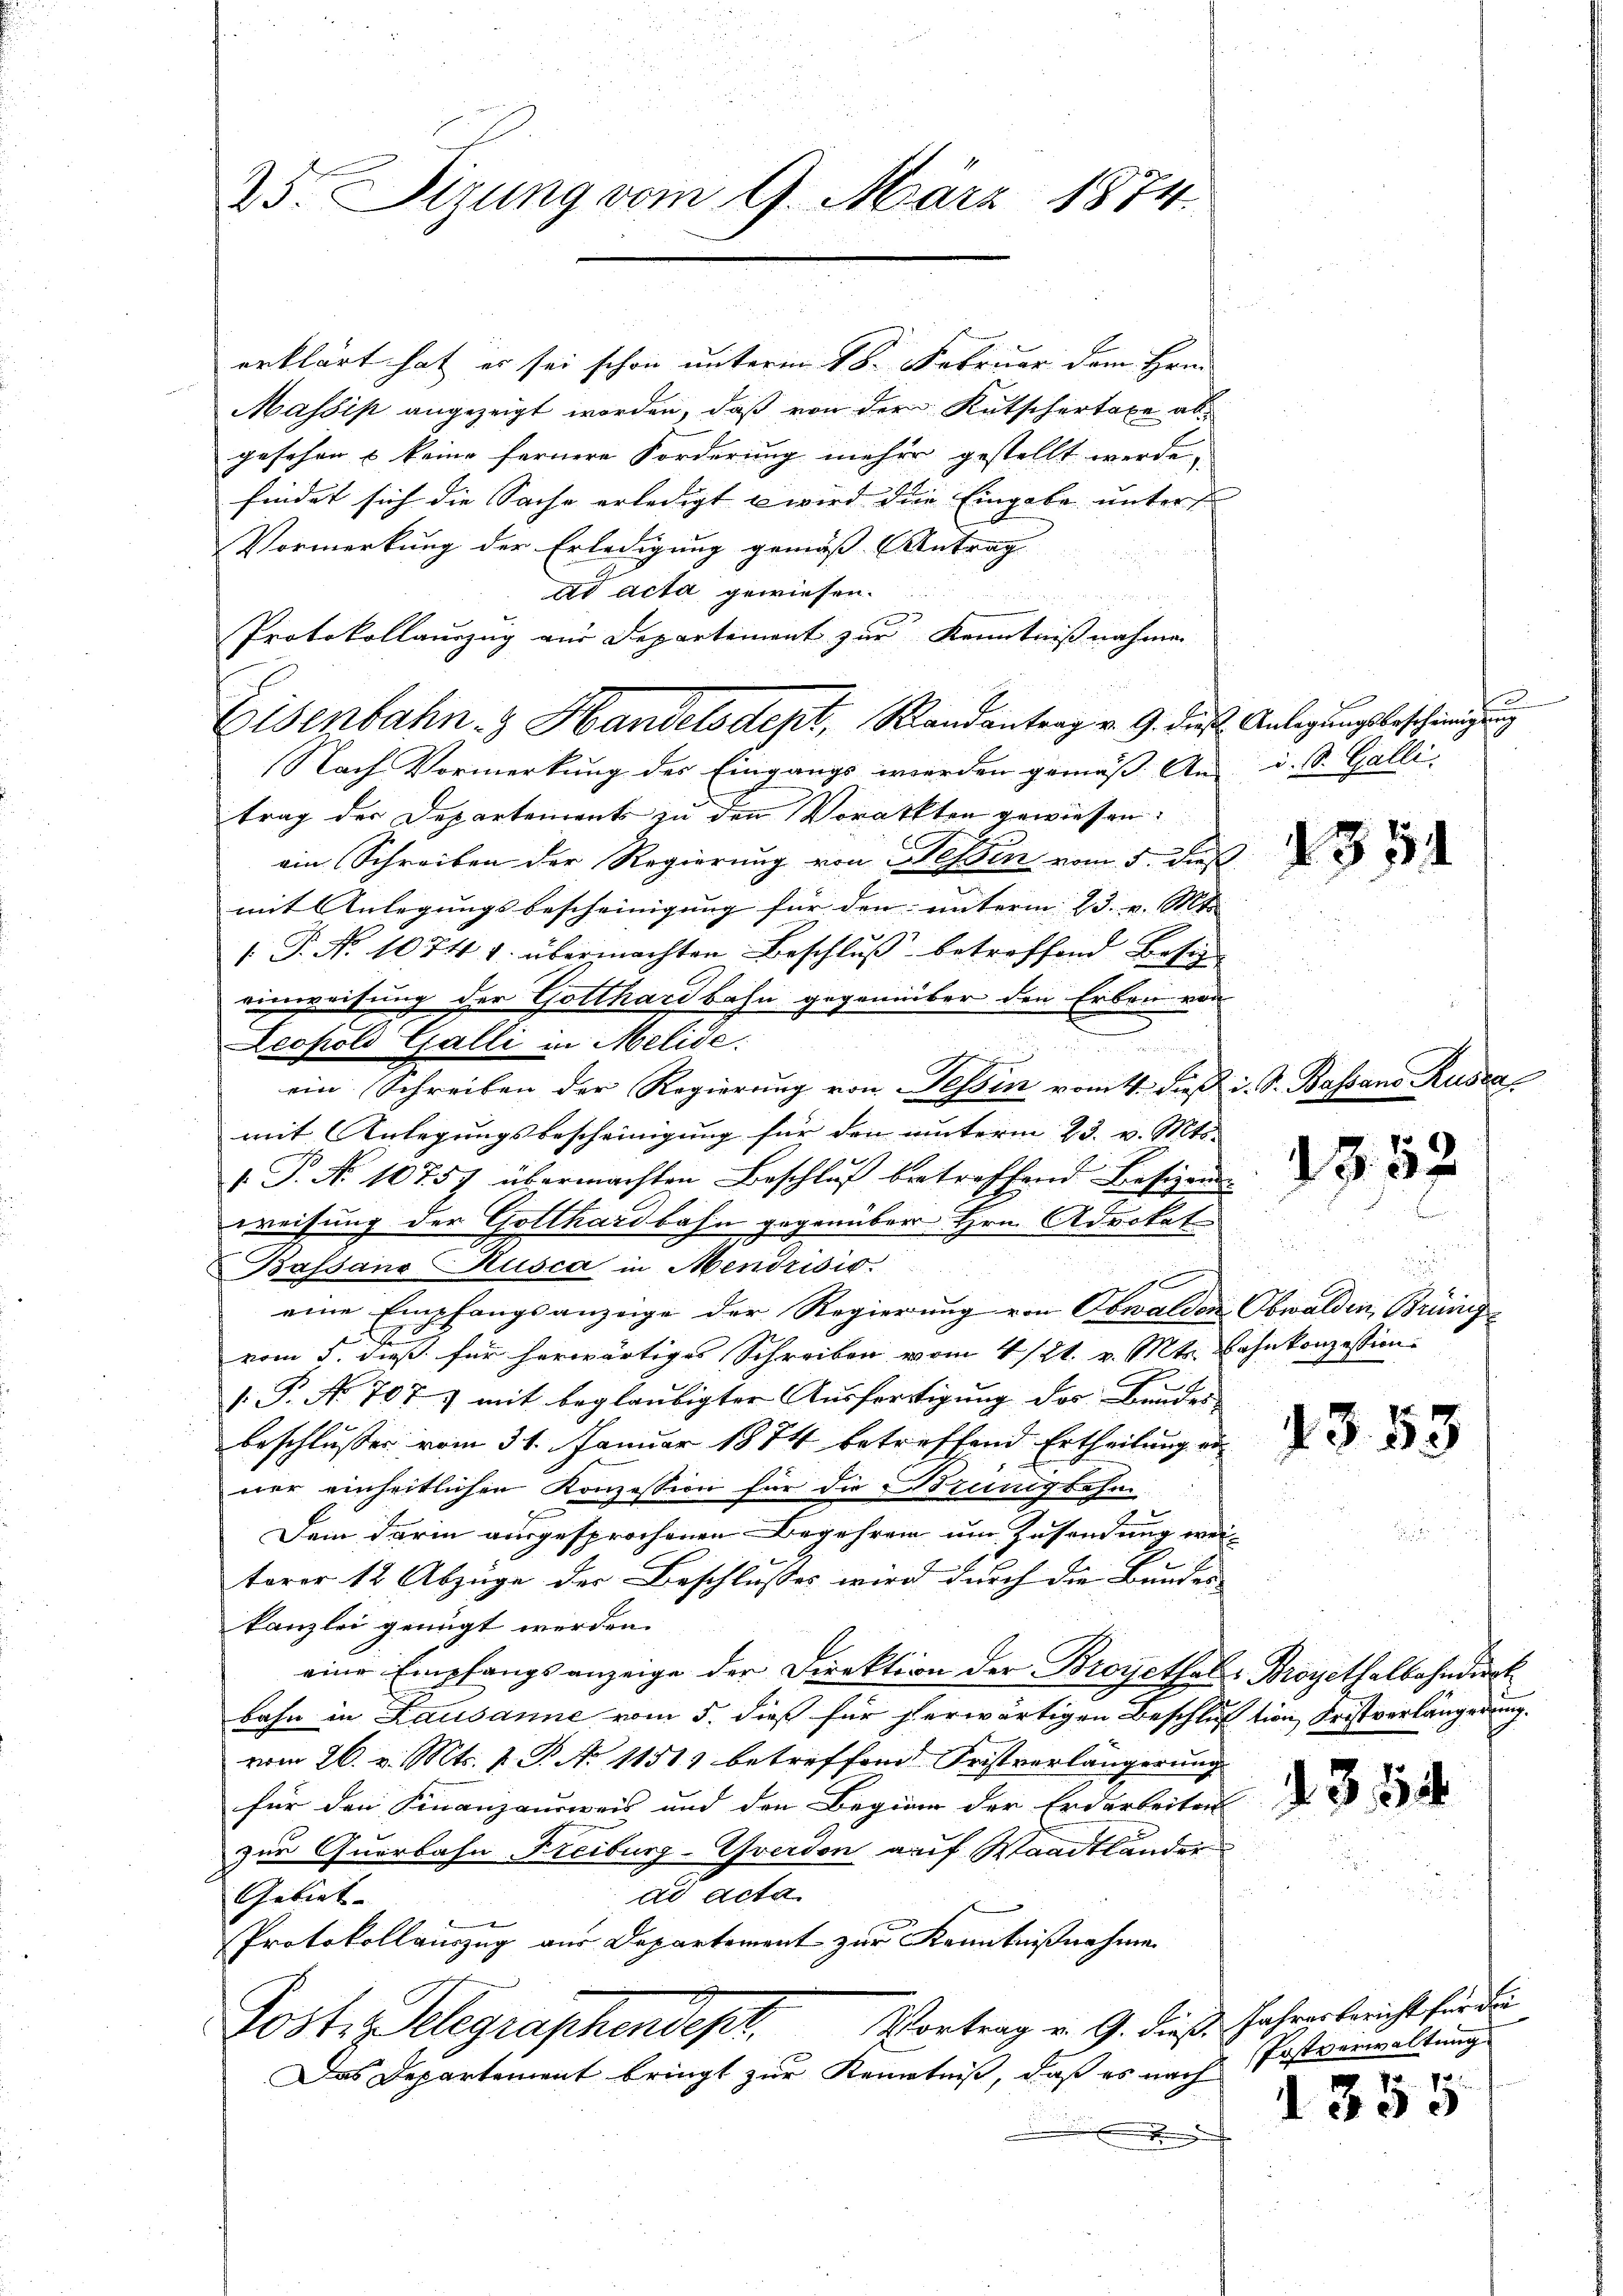
25. Sizung vom 9. März 1874.

erklärt hat es sei schon unterm 18. Februar dem Hrn.
Massis angezeigt worden, daß von der Kutschertaxe abgesehen u keine fernere Forderung mehre gestellt werde,
findet sich die Sache erledigt u wird die Eingabe unter
Vormerkung der Erledigung gemäß Antrag
ad acta gewiesen.
u
Protokollauszug aus Departement zur Kenntnißnahmen
Nach Vormerkung des Eingangs werden gemäß An
trag der Departement zu den Vorackten gewiesen.
ein Schreiben der Regierung von Nessin vom 5. Dies
mit Anlegungsbescheinigung für den unterm 23. v. Mts. |
1 P. Nr. 1074 u. übermachten Beschluß betroffend Besige
einweisung der Gotthardbahn gegenüber den Erben von
Leopold Galli in Melide.
t
ein Schreiben der Regierung von Tessin vom 4. dieß.
mit Anlegungsbescheinigung für den unterm 23. v. Mts.
 P. No 10757 übermachten Beschlŭβ betreffend Besizer
weisung der Gotthardbahn gegenüber Hrn. Advokate
Bassans Kusca in Mendrisis.
0
eine Empfangsanzeige der Regierung von Obwalden Obwalden, Brüngd
vom 3. dieß für herwärtiges Schreiben vom 4/21. v. Mts. Bahnkonzession¬
/. P. No. 7071 mit beglaubigter Ausfertigung des Bundes-
beschlusser vom 31. Januar 1874 betreffend Ertheilung an
ner einheitlichen Konzession für die Atzungsahne
Dein darin ausgesprochenen Begehren um Zusendung wei-
terer 12 Abzüge der Beschlusses wird durch die Bunder |
kanzlei genügt werden.
eine Empfangsanzeige der Direktion der Broyethals Broyethalbahndirt
bahn in Lausanne vom 5. dieß für herwärtigen Beschluß
vom 26. v. Mts. 1. P. No 1151) betreffend Fristverlängerung
für den Finanzausweis und den Beginn der Erdarbeiten
zur Querbahn Freiburg-Yverdon auf Waadtländer
ad acta
Gebiet
Protokollauszug aus Departement zur Kenntnißnahme
Vortrag v. 9. dieß.
Poste Gelegraphendept.
Das Departement bringt zur Kenntniß, daß es nach
x

Eisenbahn- & Handelsdept, Randantrag v. 9. die Anlegungsbeschinigung

u. s. Galli.

1354

d. d. Bassano Rusca

1552

.

1353

tion Fristverlängerung.

3755

Jahresbericht für die
Postverwaltung
 70. 1

30